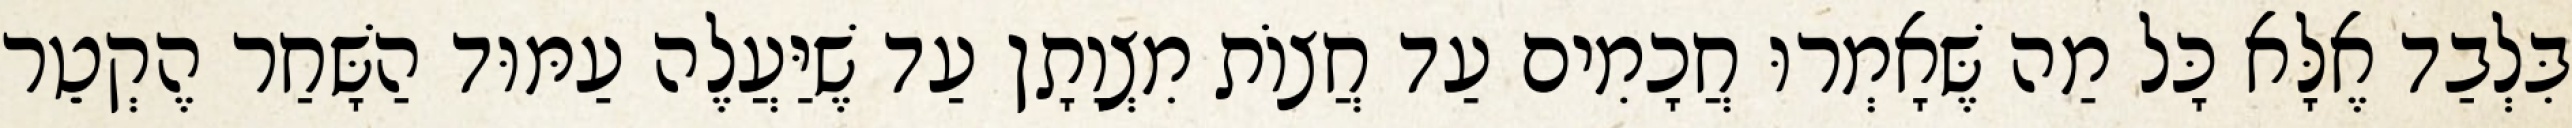
בִּלְבַד אֶלָּא כָּל מַה שֶּׁאָמְרוּ חֲכָמִים עַד חֲצוֹת מִצְוָתָן עַד שֶׁיַּעֲלֶה עַמּוּד הַשָּׁחַר הֶקְטֵר